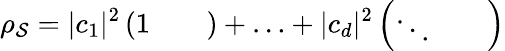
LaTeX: \rho_{\mathcal{S}}=\lvert c_{1}\rvert^{2}\left(\begin{array}{lll}{1}&{}&{}\end{array}\right)+\ldots+\lvert c_{d}\rvert^{2}\left(\begin{array}{lll}{\ddots}&{}&{}\end{array}\right)